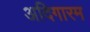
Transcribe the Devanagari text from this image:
अदिगारम